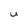
Character: U